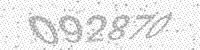
Solution: 092870